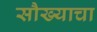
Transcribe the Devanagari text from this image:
सौख्याचा